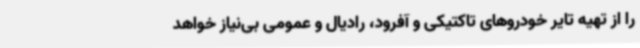
را از تهیه تایر خودروهای تاکتیکی و آفرود، رادیال و عمومی بی‌نیاز خواهد